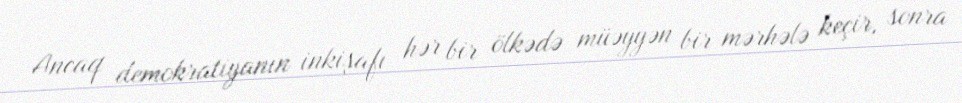
Ancaq demokratiyanın inkişafı hər bir ölkədə müəyyən bir mərhələ keçir, sonra